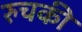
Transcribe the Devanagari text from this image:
रुचकी